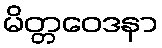
မိတ္တဝေဒနာ